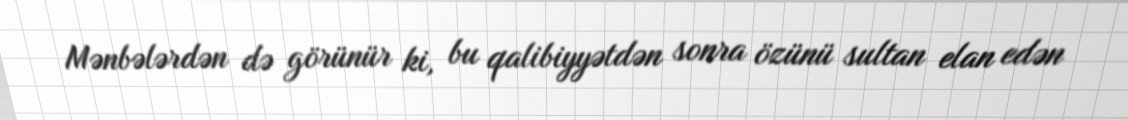
Mənbələrdən də görünür ki, bu qalibiyyətdən sonra özünü sultan elan edən